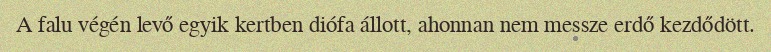
A falu végén levő egyik kertben diófa állott, ahonnan nem messze erdő kezdődött.